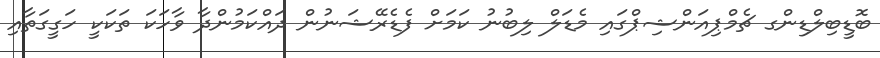
ބޮޑީބިލްޑިންގ ޗެމްޕިއަންޝިޕްގައި މެޑަލް ލިބުނު ކަމަށް ފެޑެރޭޝަނުން ދައްކަމުންދާ ވާހަކަ ތަކަކީ ހަގީގަތާއި